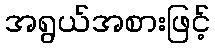
အရွယ်အစားဖြင့်